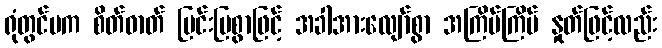
ရုံတွင်မက စိတ်ဓာတ် ပြင်းပြစွာဖြင့် အခါအားလျော်စွာ အကြိမ်ကြိမ် နှုတ်ဖြင့်လည်း